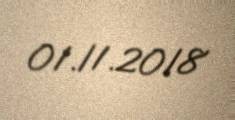
01.11.2018